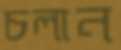
চলান